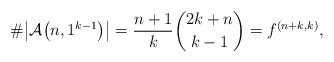
LaTeX: \begin{gather*} \# \big|{\cal A}\big(n,1^{k-1}\big) \big| = {n+1 \over k}{2k+n \choose k-1} = f^{(n+k,k)}, \end{gather*}